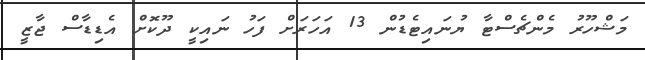
މަޝްހޫރު މެންޗެސްޓާ ޔުނައިޓެޑުން 13 އަހަރަށް ފަހު ނައިކީ ދޫކޮށް އެޑިޑާސް ޖާޒީ